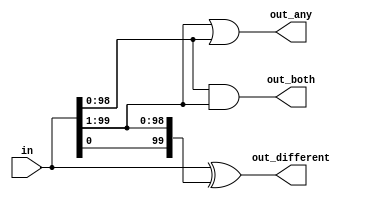
module top_module( 
    input [99:0] in,
    output [98:0] out_both,
    output [99:1] out_any,
    output [99:0] out_different );

    //similar to gatesv.v
    assign out_any = in[99:1] | in[98:0];
    assign out_both = in[98:0] & in[99:1];
    assign out_different = in ^ {in[0], in[99:1]};  
    
endmodule